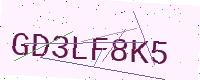
Text: GD3LF8K5